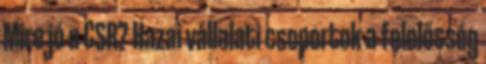
Mire jó a CSR? Hazai vállalati csoportok a felelősség